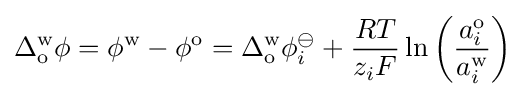
\Delta _{\text{o}}^{\text{w}}\phi =\phi ^{\text{w}}-\phi ^{\text{o}}=\Delta _{\text{o}}^{\text{w}}\phi _{i}^{\ominus }+{\frac {RT}{z_{i}F}}\ln \left({\frac {a_{i}^{\text{o}}}{a_{i}^{\text{w}}}}\right)